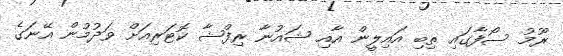
ރޫމު ސޯފާގައި ތިބި އައިލީން އާއި ޝައުނާ ރިފްޝާ ކޮޓަރިއަށް ވަދުމުން އޭނަގެ